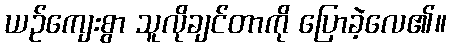
ယဉ်ကျေးစွာ သူလိုချင်တာကို ပြောခဲ့လေ၏။